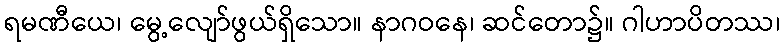
ရမဏီယေ၊ မွေ့လျော်ဖွယ်ရှိသော။ နာဂဝနေ၊ ဆင်တော၌။ ဂါဟာပိတဿ၊